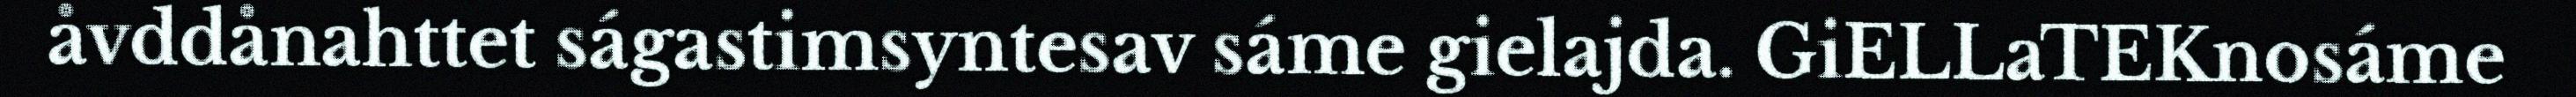
åvddånahttet ságastimsyntesav sáme gielajda. GiELLaTEKnosáme